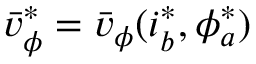
\bar { v } _ { \phi } ^ { * } = \bar { v } _ { \phi } ( i _ { b } ^ { * } , \phi _ { a } ^ { * } )